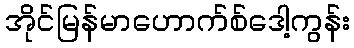
အိုင်မြန်မာဟောက်စ်ဒေါ့ကွန်း